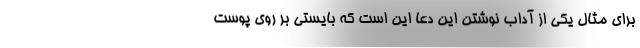
برای مثال یکی از آداب نوشتن این دعا این است که بایستی بر روی پوست